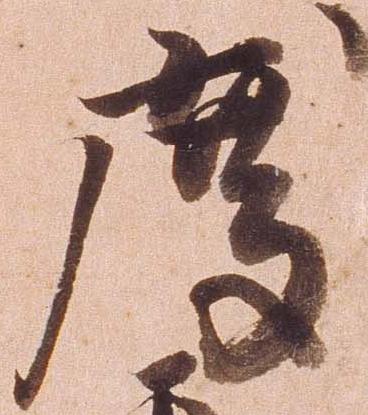
度